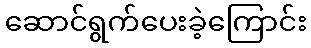
ဆောင်ရွက်ပေးခဲ့ကြောင်း